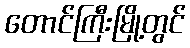
တောင်ကြီးမြို့တွင်